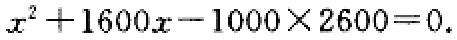
\(x^{2}+1600x - 1000\times2600 = 0.\)